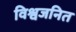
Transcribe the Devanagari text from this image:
विश्वजनित